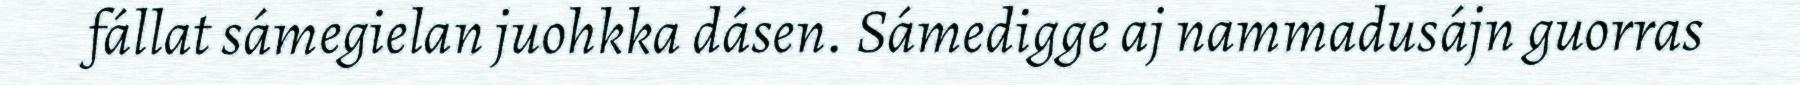
fállat sámegielan juohkka dásen. Sámedigge aj nammadusájn guorras